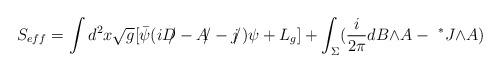
LaTeX: \begin{align*}S_{eff}=\int d^2x \sqrt{g}[{\bar\psi}(i{D\!\!\!/} - {A\!\!/} -{j\!\!/})\psi + L_{g}]+\int_{\Sigma}(\frac{i}{2\pi}dB{\wedge}A-{\ ^*J}{\wedge}A)\end{align*}